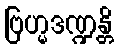
ဗြဟ္မဒဏ္ဍန္တိ